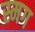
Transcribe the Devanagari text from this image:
स्मग